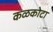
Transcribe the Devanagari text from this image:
कळकोटा